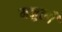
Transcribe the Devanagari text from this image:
मजुली